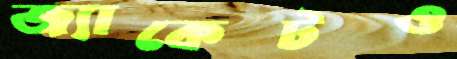
জ্যাকেটও